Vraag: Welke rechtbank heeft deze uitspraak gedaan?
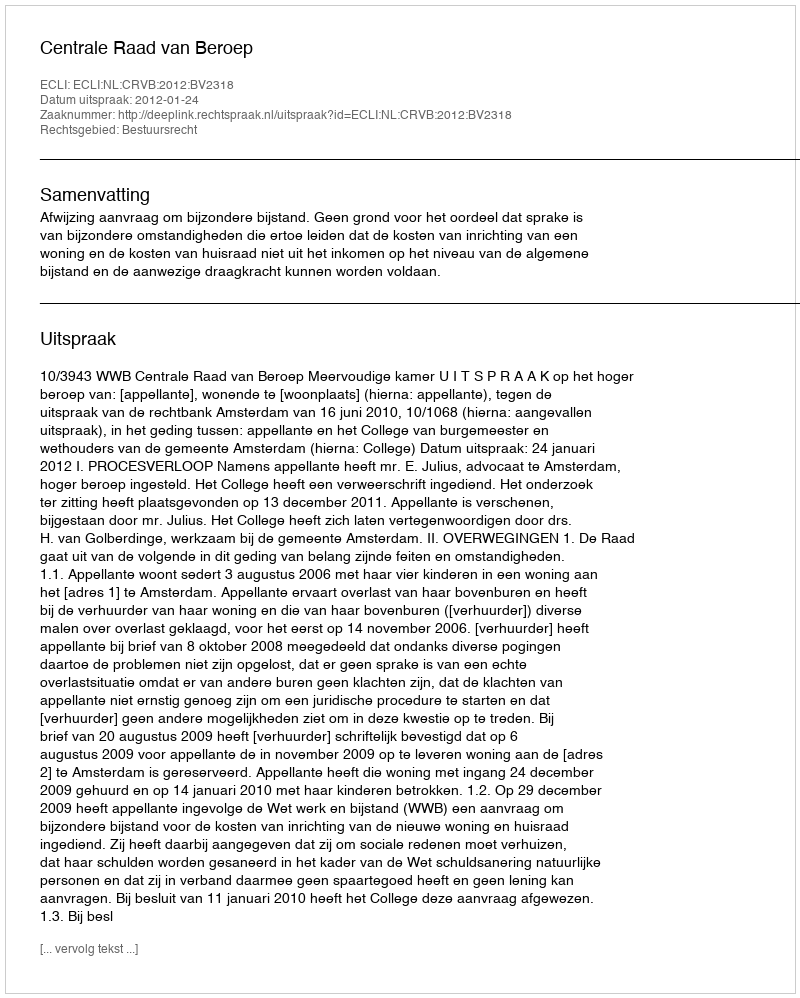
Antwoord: Centrale Raad van Beroep